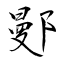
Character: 鄤